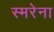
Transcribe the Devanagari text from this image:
स्मरेना